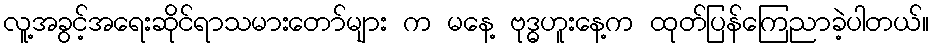
လူ့အခွင့်အရေးဆိုင်ရာသမားတော်များ က မနေ့ ဗုဒ္ဓဟူးနေ့က ထုတ်ပြန်ကြေညာခဲ့ပါတယ်။